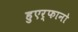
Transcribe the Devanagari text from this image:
हुएर्फानो